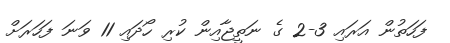
ފަހަތުން އަރައި 3-2 ގެ ނަތީޖާއިން ކުރި ހޯދައި 11 ވަނަ ފަހަރަށް